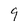
Character: 9